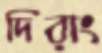
দিরাং